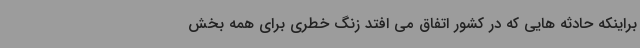
براینکه حادثه هایی که در کشور اتفاق می افتد زنگ خطری برای همه بخش